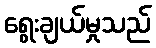
ရွေးချယ်မှုသည်